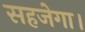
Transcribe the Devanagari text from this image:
सहजेगा।